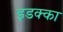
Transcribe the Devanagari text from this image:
इडक्‍का